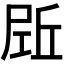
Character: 𡲌